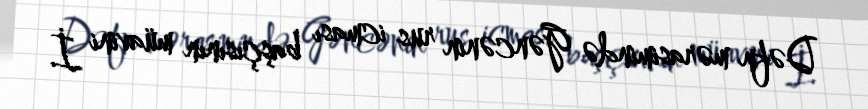
Dəfn mərasimində Gəncənin rus icması başçısının müavini İ.